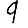
Digit: 9